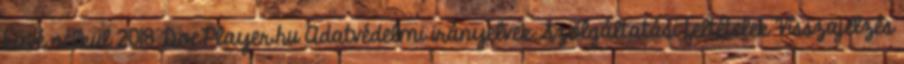
kávé nélkül 2018 DocPlayer.hu Adatvédelmi irányelvek Szolgáltatási feltételek Visszajelzés